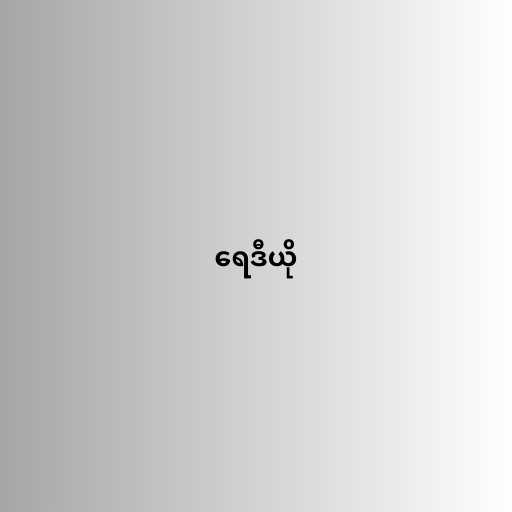
ရေဒီယို